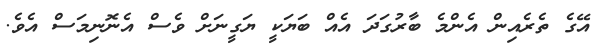
އޭގެ ތެރެއިން އެންމެ ބާރުގަދަ އެއް ބަޔަކީ ޔަގީނަށް ވެސް އެނޮނިމަސް އެވެ.